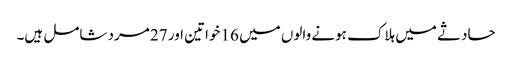
حادثے میں ہلاک ہونے والوں میں 16 خواتین اور 27 مرد شامل ہیں۔